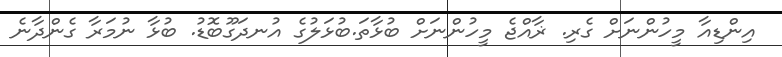
އިންޑިއާ މީހުންނަށް ގެރި. ޜާއްޖެ މީހުންނަށް ބުޅާތަ.ބުޅަލުގެ އުނދަގޫބޮޑު. ބުޅާ ނުމަރާ ގެންދާނެ